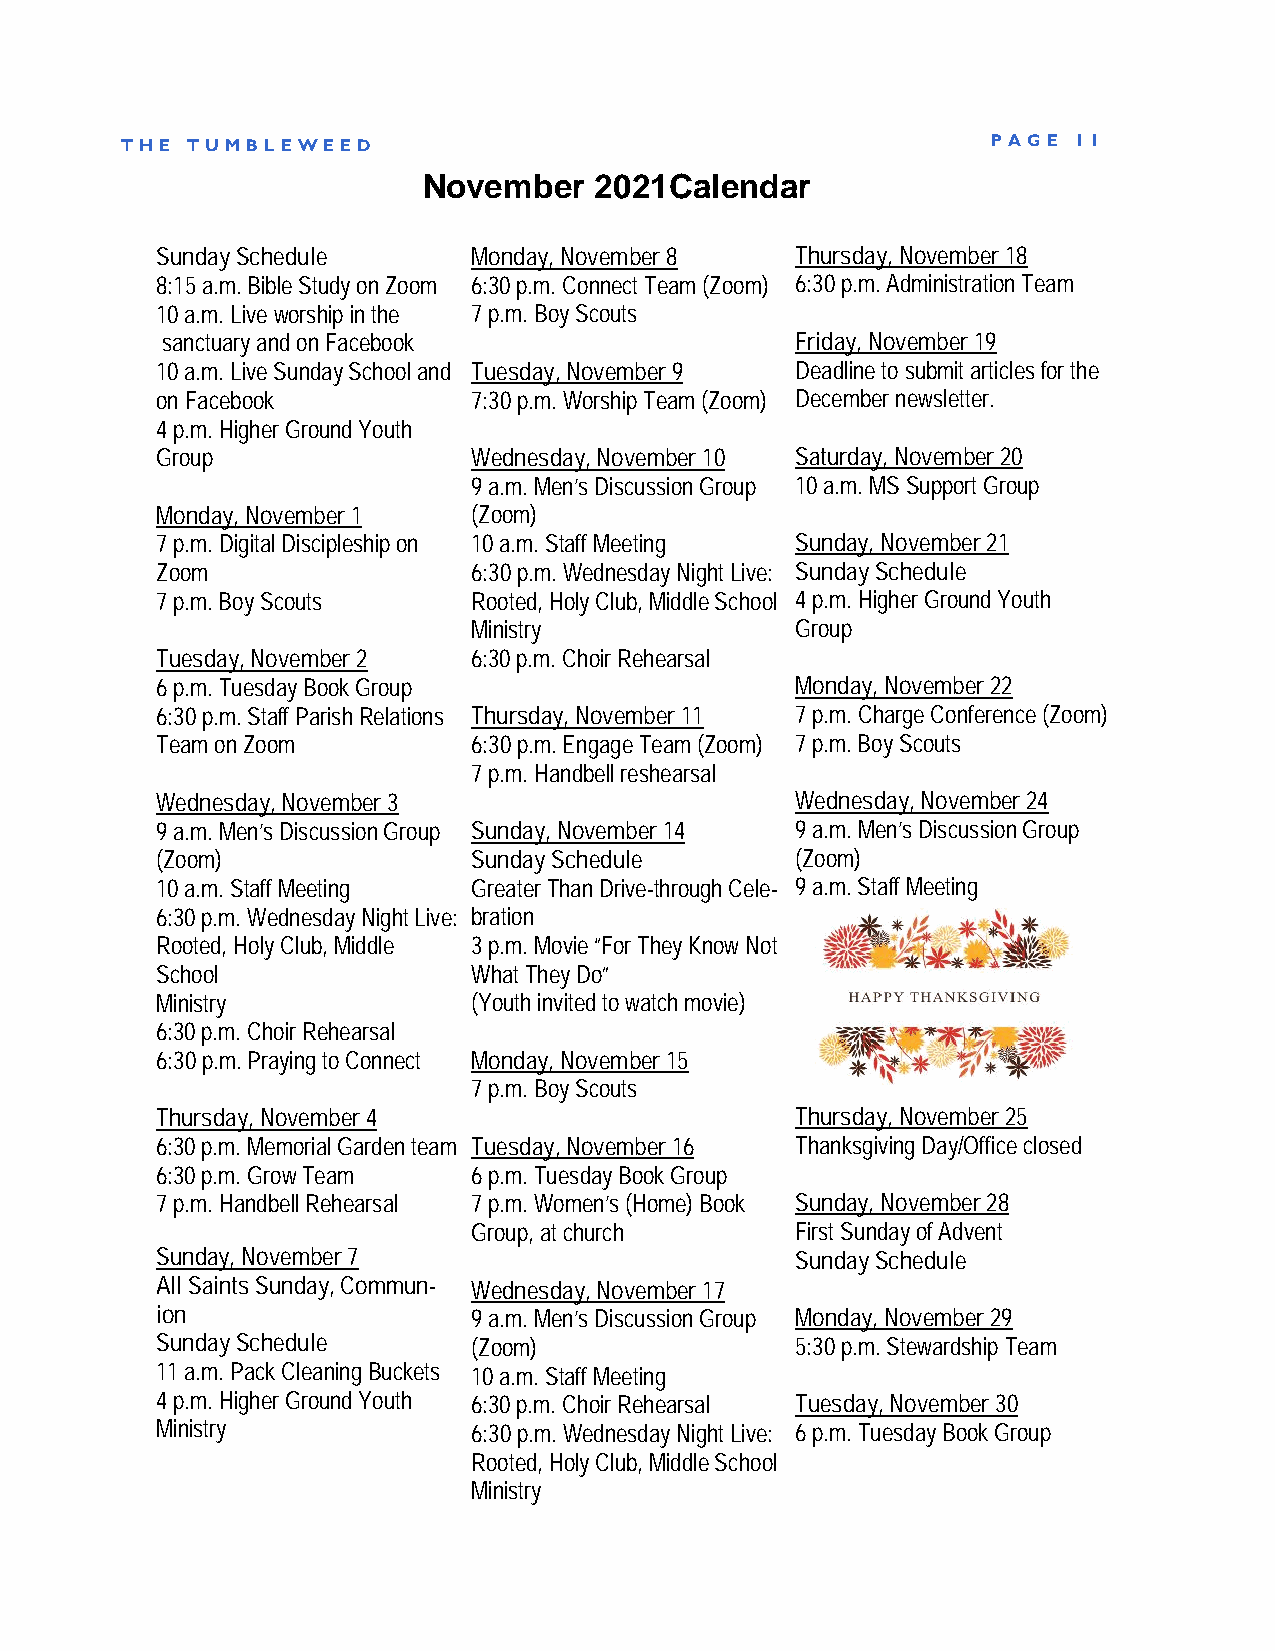
TH E TUMB LE WE ED                                        P AGE 11
 November   2021Calendar
 Sunday Schedule      Monday, November 8    Thursday, November 18
 8:15 a.m. Bible Study on Zoom 6:30 p.m. Connect Team (Zoom) 6:30 p.m. Administration Team
 10 a.m. Live worship in the 7 p.m. Boy Scouts
 sanctuary and on Facebook                 Friday, November 19
 10 a.m. Live Sunday School and Tuesday, November 9 Deadline to submit articles for the
 on Facebook          7:30 p.m. Worship Team (Zoom) December newsletter.
 4 p.m. Higher Ground Youth
 Group                Wednesday, November 10 Saturday, November 20
 9 a.m. Men’s Discussion Group 10 a.m. MS Support Group
 Monday, November 1   (Zoom)
 7 p.m. Digital Discipleship on 10 a.m. Staff Meeting Sunday, November 21
 Zoom                 6:30 p.m. Wednesday Night Live: Sunday Schedule
 7 p.m. Boy Scouts    Rooted, Holy Club, Middle School 4 p.m. Higher Ground Youth
 Ministry              Group
 Tuesday, November 2  6:30 p.m. Choir Rehearsal
 6 p.m. Tuesday Book Group                  Monday, November 22
 6:30 p.m. Staff Parish Relations Thursday, November 11 7 p.m. Charge Conference (Zoom)
 Team on Zoom         6:30 p.m. Engage Team (Zoom) 7 p.m. Boy Scouts
 7 p.m. Handbell reshearsal
 Wednesday, November 3                      Wednesday, November 24
 9 a.m. Men’s Discussion Group Sunday, November 14 9 a.m. Men’s Discussion Group
 (Zoom)               Sunday Schedule       (Zoom)
 10 a.m. Staff Meeting Greater Than Drive-through Cele- 9 a.m. Staff Meeting
 6:30 p.m. Wednesday Night Live: bration
 Rooted, Holy Club, Middle 3 p.m. Movie “For They Know Not
 School               What They Do”
 Ministry             (Youth invited to watch movie)
 6:30 p.m. Choir Rehearsal
 6:30 p.m. Praying to Connect Monday, November 15
 7 p.m. Boy Scouts
 Thursday, November 4                       Thursday, November 25
 6:30 p.m. Memorial Garden team Tuesday, November 16 Thanksgiving Day/Office closed
 6:30 p.m. Grow Team  6 p.m. Tuesday Book Group
 7 p.m. Handbell Rehearsal 7 p.m. Women’s (Home) Book Sunday, November 28
 Group, at church      First Sunday of Advent
 Sunday, November 7                         Sunday Schedule
 All Saints Sunday, Commun- Wednesday, November 17
 ion                  9 a.m. Men’s Discussion Group Monday, November 29
 Sunday Schedule      (Zoom)                5:30 p.m. Stewardship Team
 11 a.m. Pack Cleaning Buckets 10 a.m. Staff Meeting
 4 p.m. Higher Ground Youth 6:30 p.m. Choir Rehearsal Tuesday, November 30
 Ministry             6:30 p.m. Wednesday Night Live: 6 p.m. Tuesday Book Group
 Rooted, Holy Club, Middle School
 Ministry